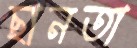
ছানতা